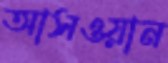
আসওয়ান